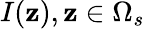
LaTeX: I(\mathbf{z}),\mathbf{z}\in\Omega_{s}